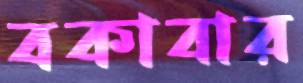
বকাবার